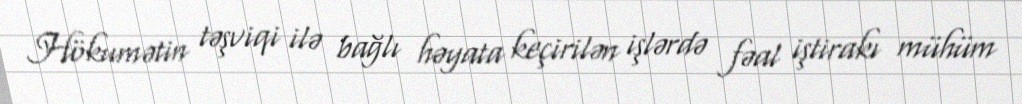
Hökumətin təşviqi ilə bağlı həyata keçirilən işlərdə fəal iştirakı mühüm